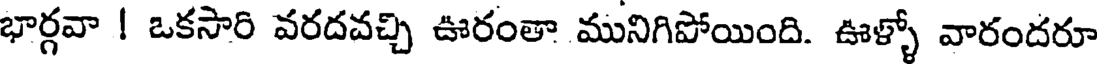
భార్గవా ! ఒకసారి వరదవచ్చి ఊరంతా మునిగిపోయింది. ఊళ్ళో వారందరూ